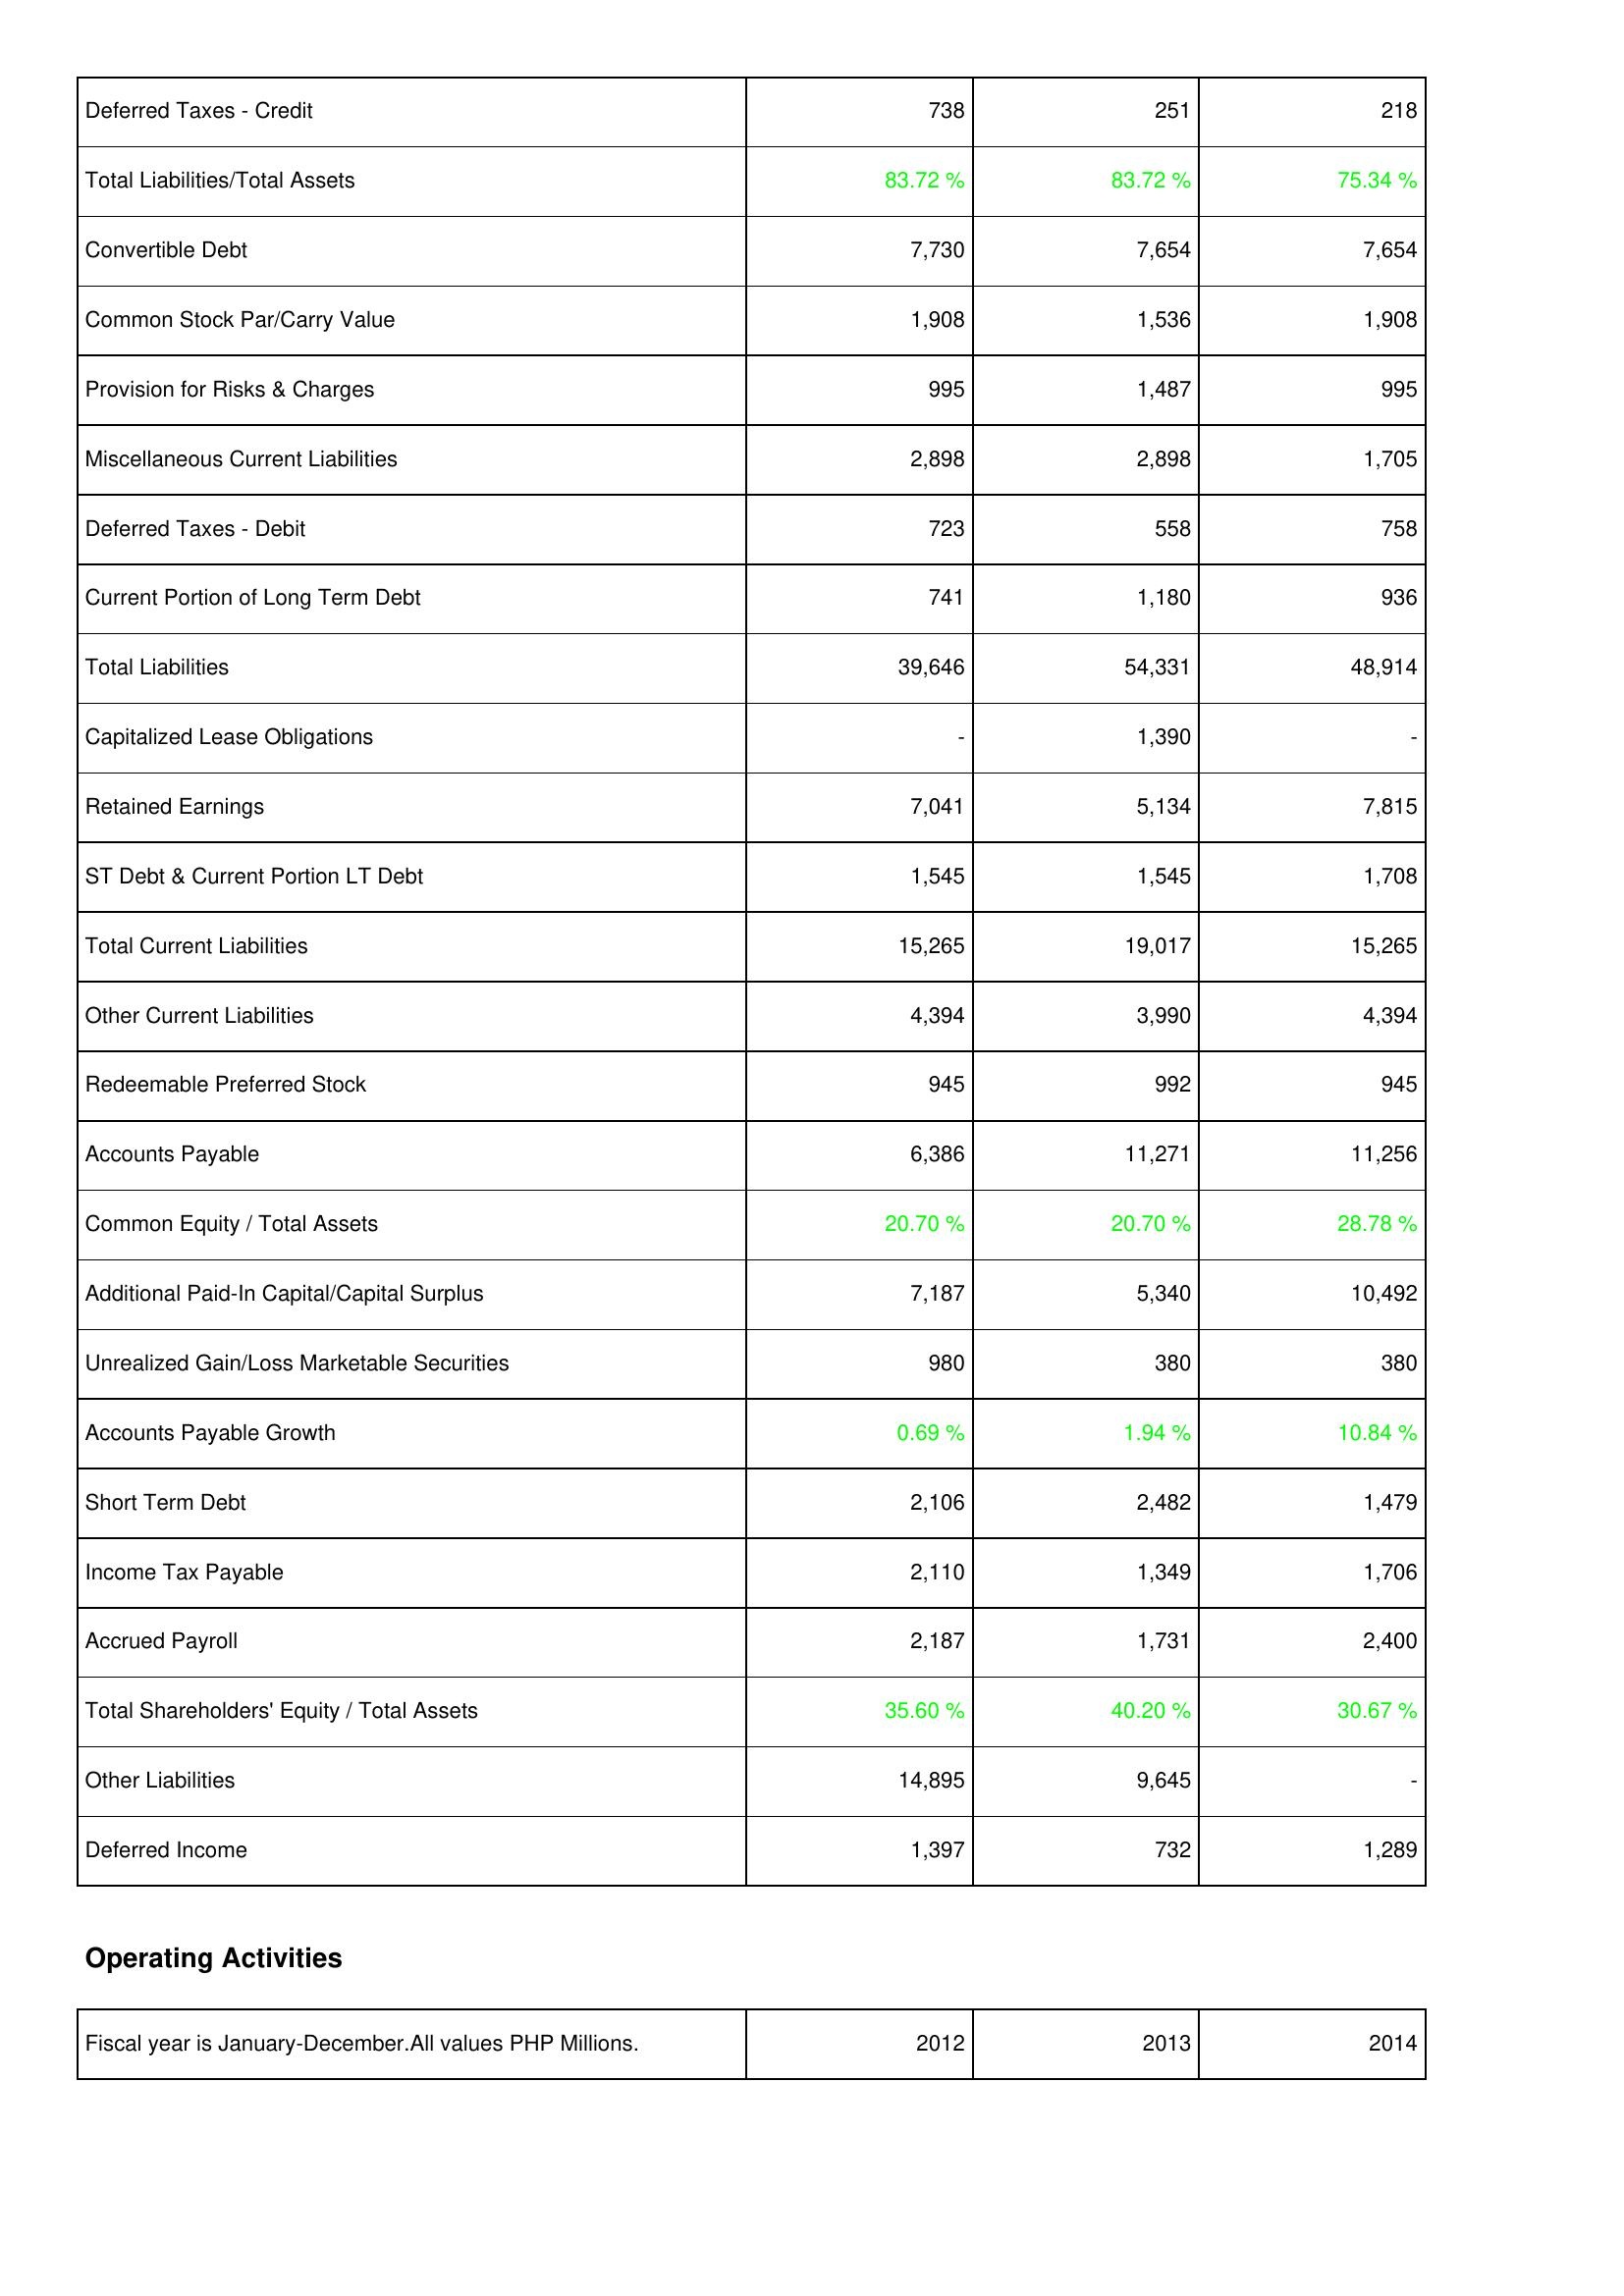
2012: Liabilities & Shareholders' Equity: Deferred Taxes - Credit: 738
Total Liabilities/Total Assets: 83.72 %
Convertible Debt: 7,730
Common Stock Par/Carry Value: 1,908
Provision for Risks & Charges: 995
Miscellaneous Current Liabilities: 2,898
Deferred Taxes - Debit: 723
Current Portion of Long Term Debt: 741
Total Liabilities: 39,646
Capitalized Lease Obligations: -
Retained Earnings: 7,041
ST Debt & Current Portion LT Debt: 1,545
Total Current Liabilities: 15,265
Other Current Liabilities: 4,394
Redeemable Preferred Stock: 945
Accounts Payable: 6,386
Common Equity / Total Assets: 20.70 %
Additional Paid-In Capital/Capital Surplus: 7,187
Unrealized Gain/Loss Marketable Securities: 980
Accounts Payable Growth: 0.69 %
Short Term Debt: 2,106
Income Tax Payable: 2,110
Accrued Payroll: 2,187
Total Shareholders' Equity / Total Assets: 35.60 %
Other Liabilities: 14,895
Deferred Income: 1,397
2013: Liabilities & Shareholders' Equity: Deferred Taxes - Credit: 251
Total Liabilities/Total Assets: 83.72 %
Convertible Debt: 7,654
Common Stock Par/Carry Value: 1,536
Provision for Risks & Charges: 1,487
Miscellaneous Current Liabilities: 2,898
Deferred Taxes - Debit: 558
Current Portion of Long Term Debt: 1,180
Total Liabilities: 54,331
Capitalized Lease Obligations: 1,390
Retained Earnings: 5,134
ST Debt & Current Portion LT Debt: 1,545
Total Current Liabilities: 19,017
Other Current Liabilities: 3,990
Redeemable Preferred Stock: 992
Accounts Payable: 11,271
Common Equity / Total Assets: 20.70 %
Additional Paid-In Capital/Capital Surplus: 5,340
Unrealized Gain/Loss Marketable Securities: 380
Accounts Payable Growth: 1.94 %
Short Term Debt: 2,482
Income Tax Payable: 1,349
Accrued Payroll: 1,731
Total Shareholders' Equity / Total Assets: 40.20 %
Other Liabilities: 9,645
Deferred Income: 732
2014: Liabilities & Shareholders' Equity: Deferred Taxes - Credit: 218
Total Liabilities/Total Assets: 75.34 %
Convertible Debt: 7,654
Common Stock Par/Carry Value: 1,908
Provision for Risks & Charges: 995
Miscellaneous Current Liabilities: 1,705
Deferred Taxes - Debit: 758
Current Portion of Long Term Debt: 936
Total Liabilities: 48,914
Capitalized Lease Obligations: -
Retained Earnings: 7,815
ST Debt & Current Portion LT Debt: 1,708
Total Current Liabilities: 15,265
Other Current Liabilities: 4,394
Redeemable Preferred Stock: 945
Accounts Payable: 11,256
Common Equity / Total Assets: 28.78 %
Additional Paid-In Capital/Capital Surplus: 10,492
Unrealized Gain/Loss Marketable Securities: 380
Accounts Payable Growth: 10.84 %
Short Term Debt: 1,479
Income Tax Payable: 1,706
Accrued Payroll: 2,400
Total Shareholders' Equity / Total Assets: 30.67 %
Other Liabilities: -
Deferred Income: 1,289